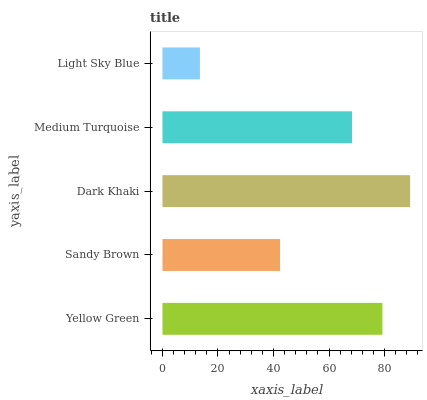
| yaxis_label | bars |
 | --- | --- |
 | Yellow Green | 79.2 |
 | Sandy Brown | 42.4 |
 | Dark Khaki | 89.2 |
 | Medium Turquoise | 68.3 |
 | Light Sky Blue | 13.5 |